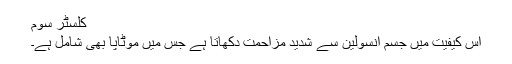
کلسٹر سوم
اس کیفیت میں جسم انسولین سے شدید مزاحمت دکھاتا ہے جس میں موٹاپا بھی شامل ہے۔